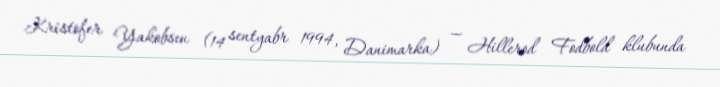
Kristofer Yakobsen (14 sentyabr 1994, Danimarka) — Hillerod Fodbold klubunda